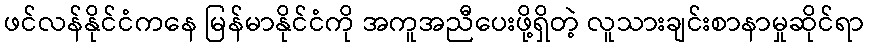
ဖင်လန်နိုင်ငံကနေ မြန်မာနိုင်ငံကို အကူအညီပေးဖို့ရှိတဲ့ လူသားချင်းစာနာမှုဆိုင်ရာ